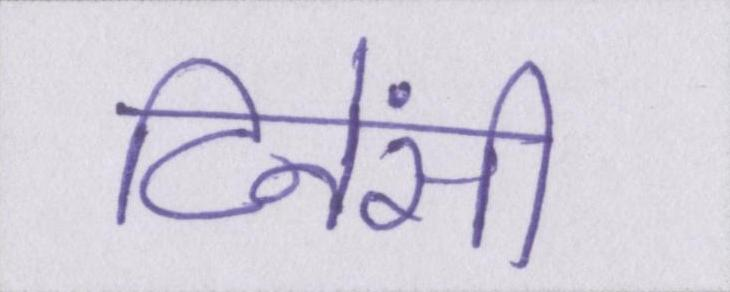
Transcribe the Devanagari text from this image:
टिनेंसी